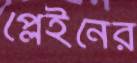
প্লেইনের